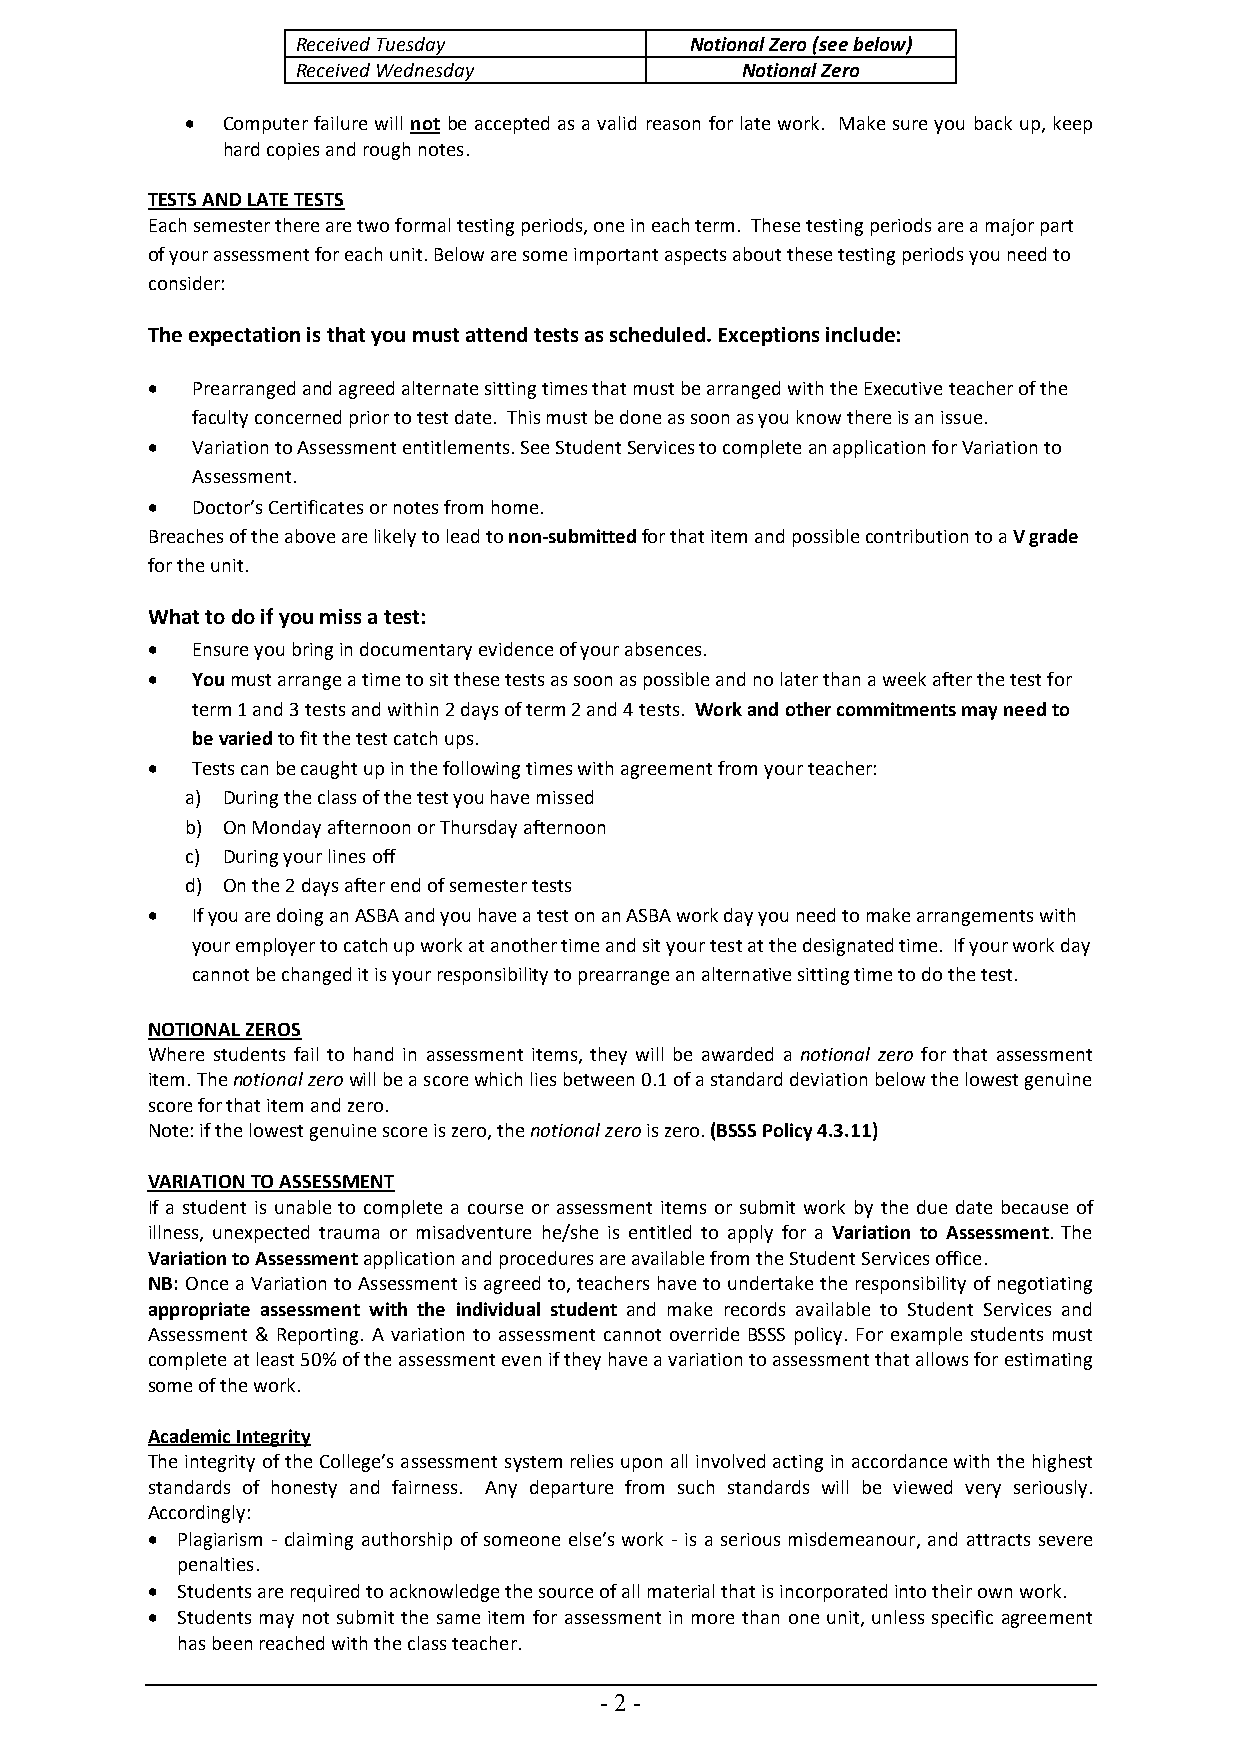
Received Tuesday          Notional Zero (see below)
 Received Wednesday           Notional Zero
 •  Computer failure will not be accepted as a valid reason for late work. Make sure you back up, keep
 hard copies and rough notes.
 TESTS AND LATE TESTS
 Each semester there are two formal testing periods, one in each term. These testing periods are a major part
 of your assessment for each unit. Below are some important aspects about these testing periods you need to
 consider:
 The expectation is that you must attend tests as scheduled. Exceptions include:
 •  Prearranged and agreed alternate sitting times that must be arranged with the Executive teacher of the
 faculty concerned prior to test date. This must be done as soon as you know there is an issue.
 •  Variation to Assessment entitlements. See Student Services to complete an application for Variation to
 Assessment.
 •  Doctor’s Certificates or notes from home.
 Breaches of the above are likely to lead to non-submitted for that item and possible contribution to a V grade
 for the unit.
 What to do if you miss a test:
 •  Ensure you bring in documentary evidence of your absences.
 •  You must arrange a time to sit these tests as soon as possible and no later than a week after the test for
 term 1 and 3 tests and within 2 days of term 2 and 4 tests. Work and other commitments may need to
 be varied to fit the test catch ups.
 •  Tests can be caught up in the following times with agreement from your teacher:
 a) During the class of the test you have missed
 b) On Monday afternoon or Thursday afternoon
 c) During your lines off
 d) On the 2 days after end of semester tests
 •  If you are doing an ASBA and you have a test on an ASBA work day you need to make arrangements with
 your employer to catch up work at another time and sit your test at the designated time. If your work day
 cannot be changed it is your responsibility to prearrange an alternative sitting time to do the test.
 NOTIONAL ZEROS
 Where students fail to hand in assessment items, they will be awarded a notional zero for that assessment
 item. The notional zero will be a score which lies between 0.1 of a standard deviation below the lowest genuine
 score for that item and zero.
 Note: if the lowest genuine score is zero, the notional zero is zero. (BSSS Policy 4.3.11)
 VARIATION TO ASSESSMENT
 If a student is unable to complete a course or assessment items or submit work by the due date because of
 illness, unexpected trauma or misadventure he/she is entitled to apply for a Variation to Assessment. The
 Variation to Assessment application and procedures are available from the Student Services office.
 NB: Once a Variation to Assessment is agreed to, teachers have to undertake the responsibility of negotiating
 appropriate assessment with the individual student and make records available to Student Services and
 Assessment & Reporting. A variation to assessment cannot override BSSS policy. For example students must
 complete at least 50% of the assessment even if they have a variation to assessment that allows for estimating
 some of the work.
 Academic Integrity
 The integrity of the College’s assessment system relies upon all involved acting in accordance with the highest
 standards of honesty and fairness. Any departure from such standards will be viewed very seriously.
 Accordingly:
 • Plagiarism - claiming authorship of someone else’s work - is a serious misdemeanour, and attracts severe
 penalties.
 • Students are required to acknowledge the source of all material that is incorporated into their own work.
 • Students may not submit the same item for assessment in more than one unit, unless specific agreement
 has been reached with the class teacher.
 - 2 -